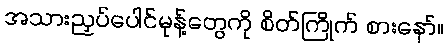
အသားညှပ်ပေါင်မုန့်တွေကို စိတ်ကြိုက် စားနော်။